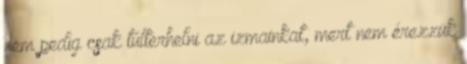
nem pedig csak túlterhelni az izmainkat, mert nem érezzük